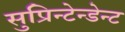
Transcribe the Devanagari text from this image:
सुप्रिन्टेन्डेन्ट